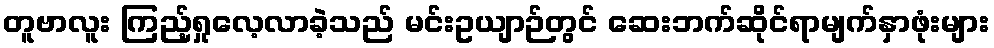
တူဗာလူး ကြည့်ရှုလေ့လာခဲ့သည် မင်းဥယျာဉ်တွင် ဆေးဘက်ဆိုင်ရာမျက်နှာဖုံးများ